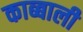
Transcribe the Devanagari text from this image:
काब्बाली